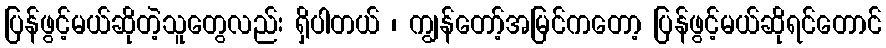
ပြန်ဖွင့်မယ်ဆိုတဲ့သူတွေလည်း ရှိပါတယ် ၊ ကျွန်တော့်အမြင်ကတော့ ပြန်ဖွင့်မယ်ဆိုရင်တောင်